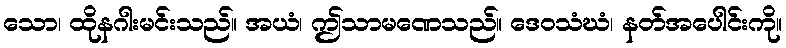
သော၊ ထိုနဂါးမင်းသည်။ အယံ၊ ဤသာမဏေသည်။ ဒေဝသံဃံ၊ နတ်အပေါင်းကို။